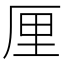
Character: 厘